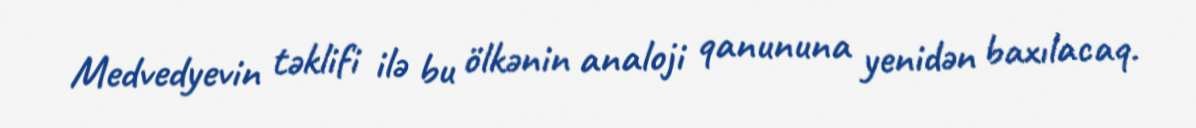
Medvedyevin təklifi ilə bu ölkənin analoji qanununa yenidən baxılacaq.